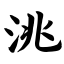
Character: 洮